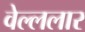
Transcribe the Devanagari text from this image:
वेल्ललार